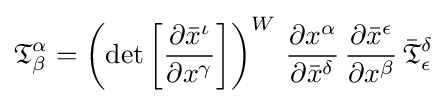
{\mathfrak {T}}_{\beta }^{\alpha }=\left(\det {\left[{\frac {\partial {\bar {x}}^{\iota }}{\partial {x}^{\gamma }}}\right]}\right)^{W}\,{\frac {\partial {x}^{\alpha }}{\partial {\bar {x}}^{\delta }}}\,{\frac {\partial {\bar {x}}^{\epsilon }}{\partial {x}^{\beta }}}\,{\bar {\mathfrak {T}}}_{\epsilon }^{\delta }